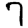
Digit: 7